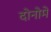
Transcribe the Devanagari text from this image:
दोनोमे